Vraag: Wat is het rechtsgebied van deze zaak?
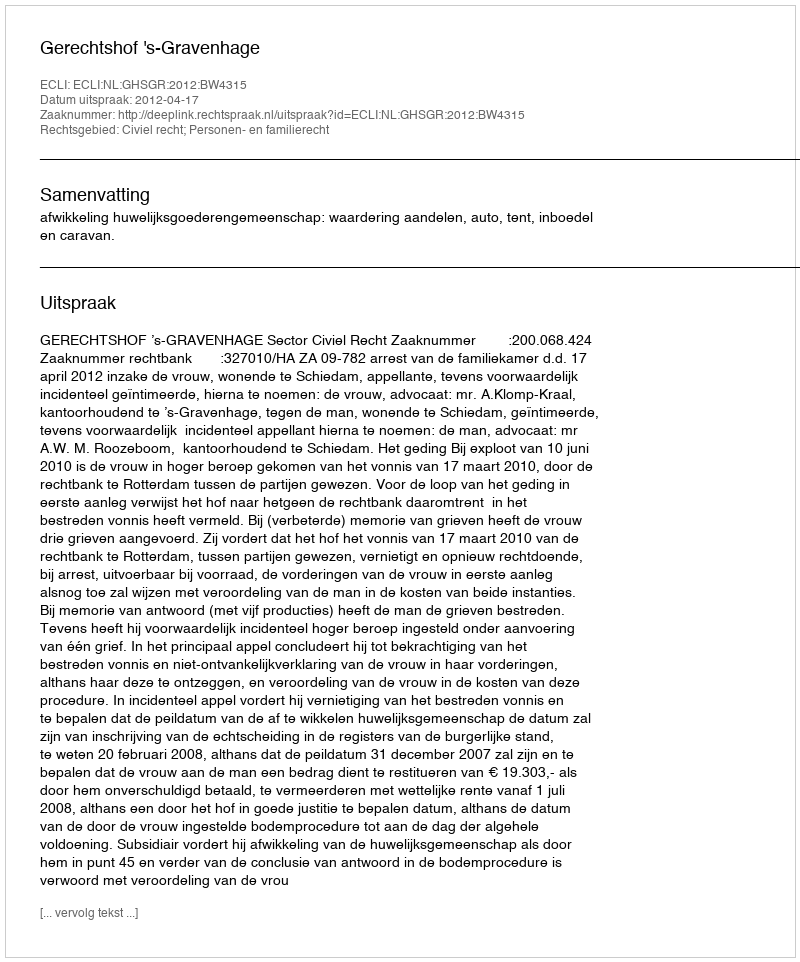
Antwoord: Civiel recht; Personen- en familierecht